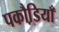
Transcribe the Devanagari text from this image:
पकौडि़याँ